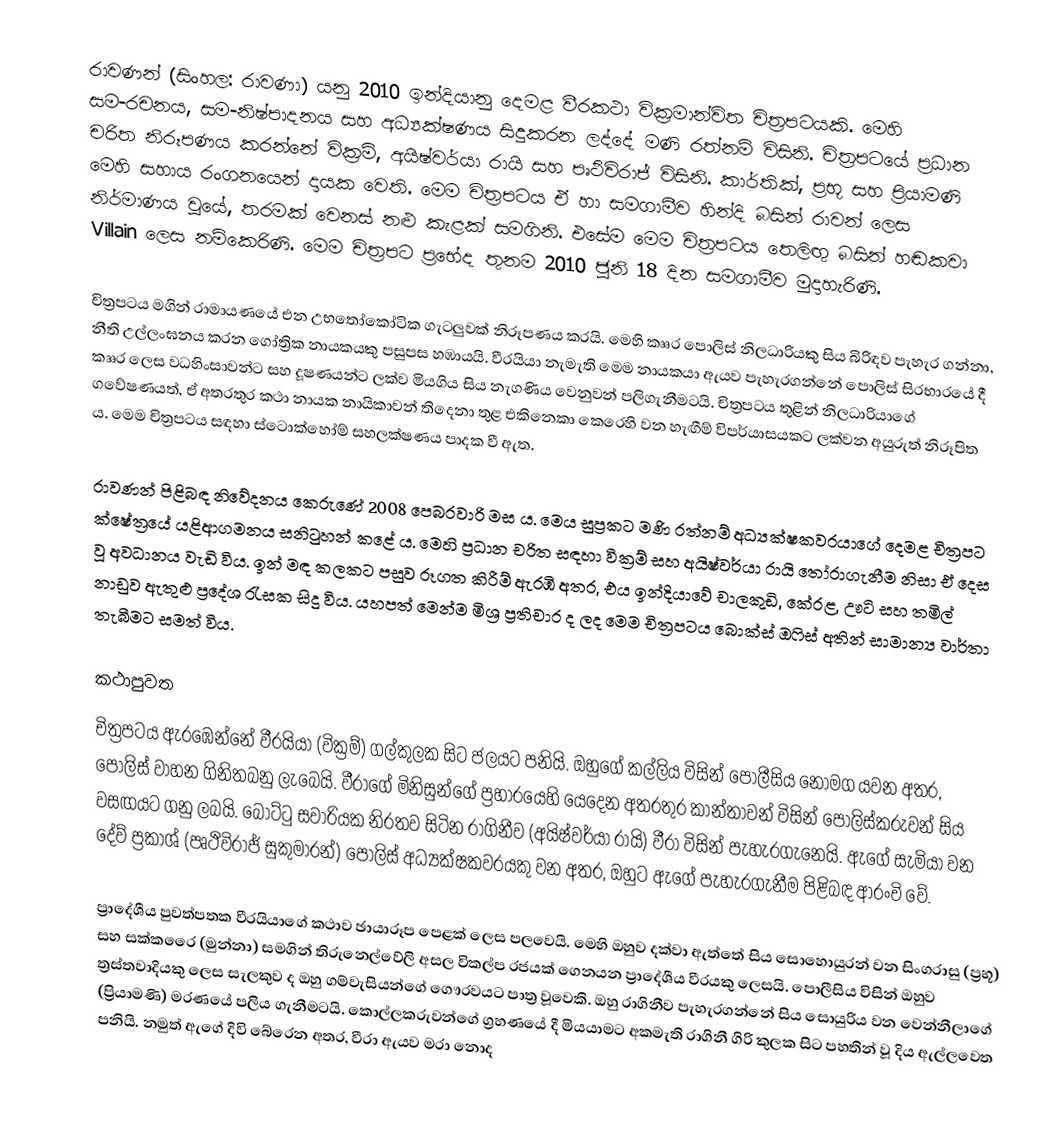
රාවණන් (සිංහල: රාවණා) යනු 2010 ඉන්දියානු දෙමළ වීරකථා වික්‍රමාන්විත චිත්‍රපටයකි. මෙහි සම-රචනය, සම-නිෂ්පාදනය සහ අධ්‍යක්ෂණය සිදුකරන ලද්දේ මණි රත්නම් විසිනි. චිත්‍රපටයේ ප්‍රධාන චරිත නිරූපණය කරන්නේ වික්‍රම්, අයිෂ්වර්යා රායි සහ පෘථිවිරාජ් විසිනි. කාර්තික්, ප්‍රභූ සහ ප්‍රියාමණි මෙහි සහාය රංගනයෙන් දායක වෙති. මෙම චිත්‍රපටය ඒ හා සමගාමීව හින්දි බසින් රාවන් ලෙස නිර්මාණය වූයේ, තරමක් වෙනස් නළු කැළක් සමගිනි. එසේම මෙම චිත්‍රපටය තෙලිඟු බසින් හඬකවා Villain ලෙස නම්කෙරිණි. මෙම චිත්‍රපට ප්‍රභේද තුනම 2010 ජූනි 18 දින සමගාමීව මුදාහැරිණි.

චිත්‍රපටය මගින් රාමායණයේ එන උභතෝකෝටික ගැටලුවක් නිරූපණය කරයි. මෙහි කෲර පොලිස් නිලධාරියකු සිය බිරිඳව පැහැර ගන්නා, නීති උල්ලංඝනය කරන ගෝත්‍රික නායකයකු පසුපස හඹායයි. වීරයියා නැමැති මෙම නායකයා ඇයව පැහැරගන්නේ පොලිස් සිරභාරයේ දී කෲර ලෙස වධහිංසාවන්ට සහ දූෂණයන්ට ලක්ව මියගිය සිය නැගණිය වෙනුවන් පලිගැනීමටයි. චිත්‍රපටය තුළින් නිලධාරියාගේ ‍ගවේෂණයත්, ඒ අතරතුර කථා නායක නායිකාවන් තිදෙනා තුළ එකිනෙකා කෙරෙහි වන හැඟීම් විපර්යාසයකට ලක්වන අයුරුත් නිරූපිත ය. මෙම චිත්‍රපටය සඳහා ස්ටොක්හෝම් සහලක්ෂණය පාදක වී ඇත.

රාවණන් පිළිබඳ නිවේදනය කෙරුණේ 2008 පෙබරවාරි මස ය. මෙය සුප්‍රකට මණි රත්නම් අධ්‍යක්ෂකවරයාගේ දෙමළ චිත්‍රපට ක්ෂේත්‍රයේ යළිආගමනය සනිටුහන් කළේ ය‍. මෙහි ප්‍රධාන චරිත සඳහා වික්‍රම් සහ අයිෂ්වර්යා රායි තෝරාගැනීම නිසා ඒ දෙස වූ අවධානය වැඩි විය. ඉන් මඳ කලකට පසුව රූගත කිරීම් ඇරඹි අතර, එය ඉන්දියාවේ චාලකුඩි, කේරළ, ඌටි සහ තමිල් නාඩුව ඇතුළු ප්‍රදේශ රැසක සිදු විය. යහපත් මෙන්ම මිශ්‍ර ප්‍රතිචාර ද ලද මෙම චිත්‍රපටය බොක්ස් ඔෆිස් අතින් සාමාන්‍ය වාර්තා තැබීමට සමත් විය.

කථාපුවත
චිත්‍රපටය ඇරඹෙන්නේ වීරයියා (වික්‍රම්) ගල්කුලක සිට ජලයට පනියි. ඔහුගේ කල්ලිය විසින් පොලීසිය නොමග යවන අතර, පොලිස් වාහන ගිනිතබනු ලැබෙයි. වීරාගේ මිනිසුන්ගේ ප්‍රහාරයෙහි යෙදෙන අතරතුර කාන්තාවන් විසින් පොලිස්කරුවන් සිය වසඟයට ගනු ලබයි. බෝට්ටු සවාරියක නිරතව සිටින රාගිනීව (අයිෂ්වර්යා රායි) වීරා විසින් පැහැරගැනෙයි. ඇගේ සැමියා වන දේව් ප්‍රකාශ් (පෘථිවිරාජ් සුකුමාරන්) පොලිස් අධ්‍යක්ෂකවරයකු වන අතර, ඔහුට ඇගේ පැහැරගැනීම පිළිබඳ ආරංචි වේ.

ප්‍රාදේශීය පුවත්පතක වීරයියාගේ කථාව ඡායාරූප පෙළක් ලෙස පලවෙයි. මෙහි ඔහුව දක්වා ඇත්තේ සිය සොහොයුරන් වන සිංගරාසු (ප්‍රභූ) සහ සක්කරෛ (මුන්නා) සමගින් තිරුනෙල්වේලි අසල විකල්ප රජයක් ගෙනයන ප්‍රාදේශීය වීරයකු ලෙසයි. පොලීසිය විසින් ඔහුව ත්‍රස්තවාදියකු ලෙස සැලකුව ද ඔහු ගම්වැසියන්ගේ ගෞරවයට පාත්‍ර වූවෙකි. ඔහු රාගිනීව පැහැරගන්නේ සිය සොයුරිය වන වෙන්නීලාගේ (ප්‍රියාමණි) මරණයේ පලිය ගැනීමටයි. කොල්ලකරුවන්ගේ ග්‍රහණයේ දී මියයාමට අකමැති රාගිනී ගිරි කුලක සිට පහතින් වූ දිය ඇල්ලවෙත පනියි. නමුත් ඇගේ දිවි බේරෙන අතර, වීරා ඇයව මරා නොද